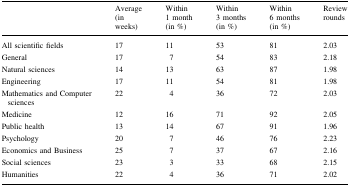
|  | Average (in weeks) | Within 1 month (in %) | Within 3 months (in %) | Within 6 months (in %) | Review rounds |
 | --- | --- | --- | --- | --- | --- |
 | All scientific fields | 17 | 11 | 53 | 81 | 2.03 |
 | General | 17 | 7 | 54 | 83 | 2.18 |
 | Natural sciences | 14 | 13 | 63 | 87 | 1.98 |
 | Engineering | 17 | 11 | 54 | 81 | 1.98 |
 | Mathematics and Computer sciences | 22 | 4 | 36 | 72 | 2.03 |
 | Medicine | 12 | 16 | 71 | 92 | 2.05 |
 | Public health | 13 | 14 | 67 | 91 | 1.96 |
 | Psychology | 20 | 7 | 46 | 76 | 2.23 |
 | Economics and Business | 25 | 7 | 37 | 67 | 2.16 |
 | Social sciences | 23 | 3 | 33 | 68 | 2.15 |
 | Humanities | 22 | 4 | 36 | 71 | 2.02 |